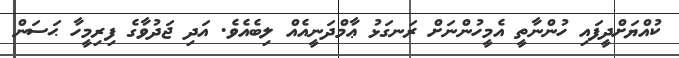
ކުއްޔަށްދީފައި ހުންނާތީ އެމީހުންނަށް ރަނގަޅު ޢާމްދަނީއެއް ލިބެއެވެ. އަދި ޖަދުވާގެ ފިރިމީހާ ޙަސަން